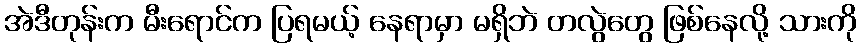
အဲဒီတုန်းက မီးရောင်က ပြရမယ့် နေရာမှာ မရှိဘဲ တလွဲတွေ ဖြစ်နေလို့ သားကို